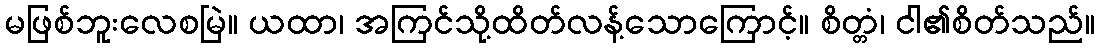
မဖြစ်ဘူးလေစမြဲ။ ယထာ၊ အကြင်သို့ထိတ်လန့်သောကြောင့်။ စိတ္တံ၊ ငါ၏စိတ်သည်။